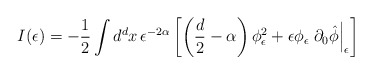
\begin{align*} I(\epsilon) = -\frac12 \int d^dx\, \epsilon^{-2\alpha} \left[ \left( \frac{d}2 -\alpha \right) \phi_\epsilon^2 + \epsilon \phi_\epsilon \left. \partial_0 \hat\phi\right|_\epsilon \right]\end{align*}